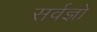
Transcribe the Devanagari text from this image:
सर्वज्ञो